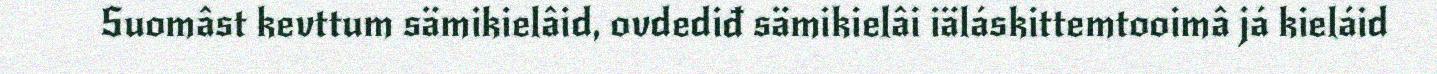
Suomâst kevttum sämikielâid, ovdediđ sämikielâi iäláskittemtooimâ já kieláid